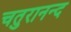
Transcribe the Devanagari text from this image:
चतुरानन्द